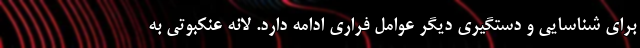
برای شناسایی و دستگیری دیگر عوامل فراری ادامه دارد. لانه عنکبوتی به